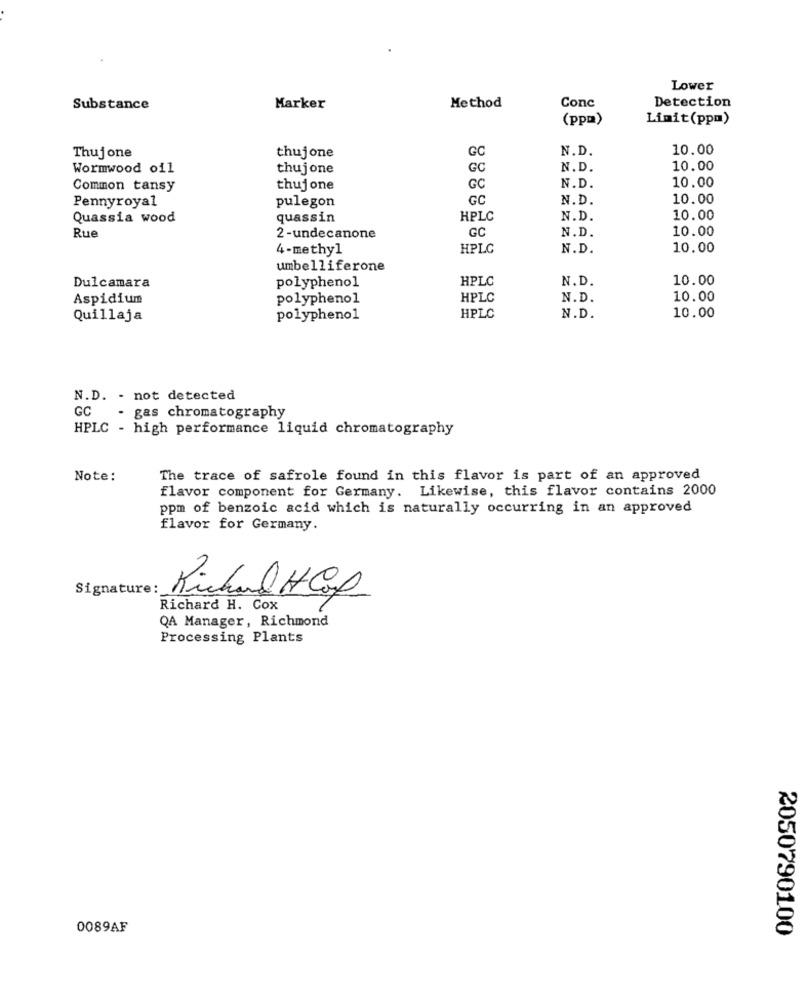
Lower
Conc
Detection
Substance
Marker
Method
(ppm)
Limit(ppm)
Thujone
GC
N.D.
10.00
thujone
Wormwood oil
thujone
GC
N.D.
10.00
10.00
Common tansy
thujone
GC
N.D.
Pennyroyal
pulegon
GC
N.D.
10.00
Quassia wood
quassin
HPLC
N.D.
10.00
GC
N.D.
10.00
Rue
2 -undecanone
4-methyl
HPLC
N.D.
10.00
umbelliferone
polyphenol
HPLC
N.D.
10.00
Dulcamara
Aspidium
polyphenol
HPLC
N.D.
10.00
Quillaja
polyphenol
HPLC
N.D.
10.00
N.D. - not detected
GC
gas chromatography
HPLC - high performance liquid chromatography
Note:
The trace of safrole found in this flavor is part of an approved
flavor component for Germany. Likewise, this flavor contains 2000
ppm of benzoic acid which is naturally occurring in an approved
flavor for Germany.
Signature:
Richard HCp
Richard H. Cox
QA Manager, Richmond
Processing Plants
0089AF
2050790100